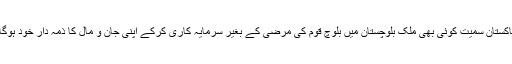
پاکستان سمیت کوئی بھی ملک بلوچستان میں بلوچ قوم کی مرضی کے بغیر سرمایہ کاری کرکے اپنی جان و مال کا ذمہ دار خود ہوگا۔